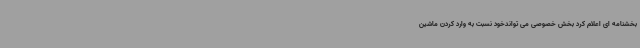
بخشنامه ای اعلام کرد بخش خصوصی می تواندخود نسبت به وارد کردن ماشین